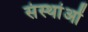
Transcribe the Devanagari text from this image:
संस्थांओं